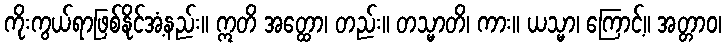
ကိုးကွယ်ရာဖြစ်နိုင်အံ့နည်း။ ဣတိ အတ္ထော၊ တည်း။ တသ္မာတိ၊ ကား။ ယသ္မာ၊ ကြောင့်။ အတ္တာဝ၊